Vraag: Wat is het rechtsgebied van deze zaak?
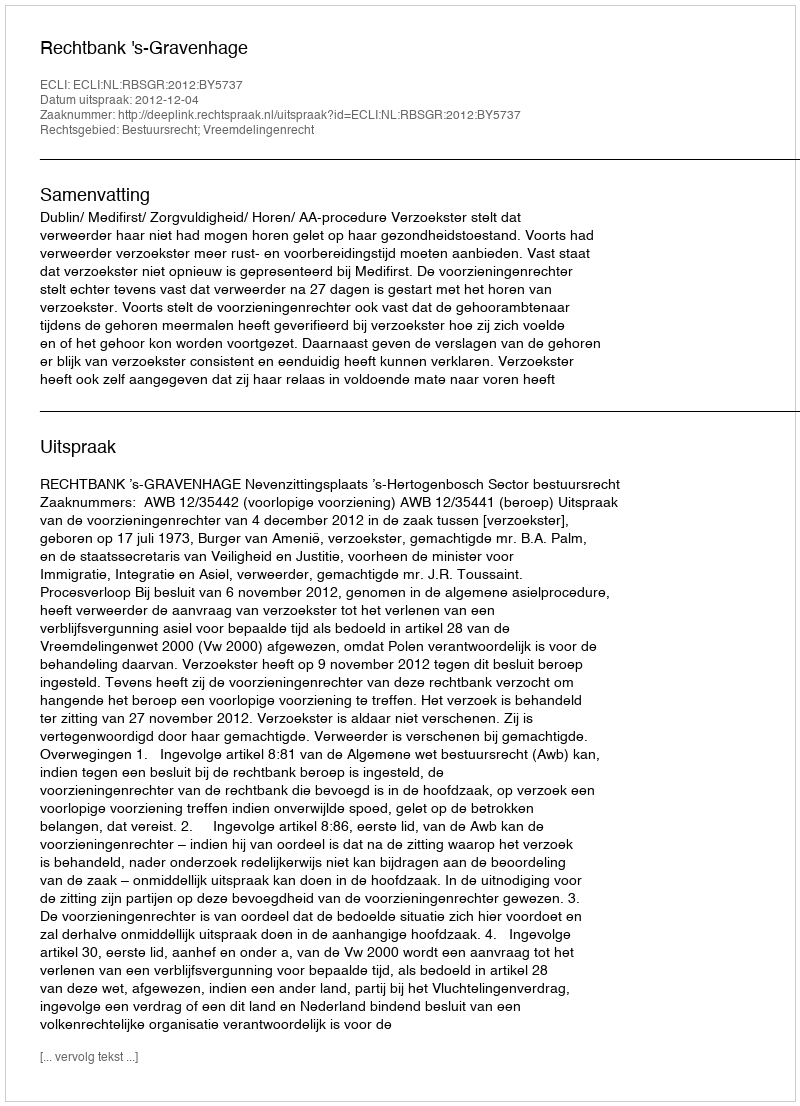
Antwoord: Bestuursrecht; Vreemdelingenrecht